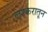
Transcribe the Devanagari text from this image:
लश्करातून